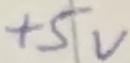
Text: +5V